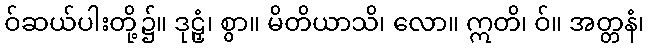
ဝ်ဆယ်ပါးတို့၌။ ဒုဠှံ၊ စွာ။ မိတိယာသိ၊ လော။ ဣတိ၊ ဝ်။ အတ္တနံ၊